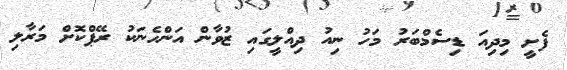
ފެށީ މިދިއަ ޑިސެމްބަރު މަހު ނިއު ދިއްލީގައި ޒުވާން އަންހެނަކު ރޭޕްކޮށް މަރާލި